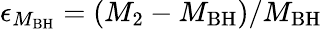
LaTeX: \epsilon_{M_{\mathrm{BH}}}=(M_{\mathrm{2}}-M_{\mathrm{BH}})/M_{\mathrm{BH}}